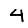
Digit: 4